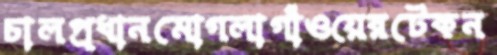
চালপ্রধানমোগলাগাঁওয়েরটেকন